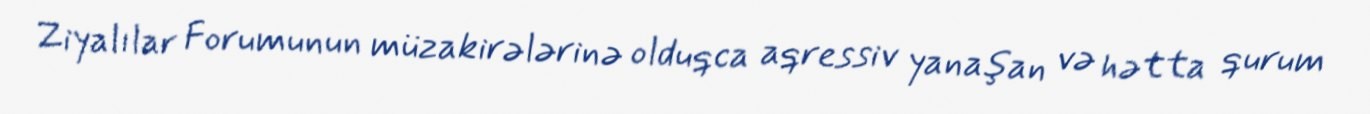
Ziyalılar Forumunun müzakirələrinə olduqca aqressiv yanaşan və hətta qurum